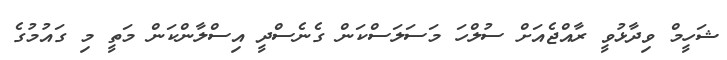
ޝަހީމް ވިދާޅުވީ ރާއްޖެއަށް ސުލްހަ މަސަލަސްކަން ގެނެސްދީ އިސްލާންކަން މަތީ މި ގައުމުގެ